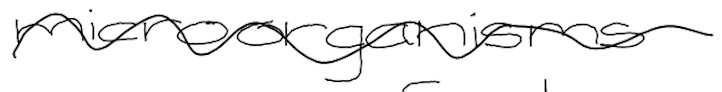
Text: microorganisms
Cross-out: wave
Writing tool: digital_black